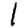
Digit: 1